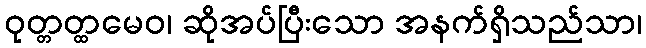
ဝုတ္တတ္ထမေဝ၊ ဆိုအပ်ပြီးသော အနက်ရှိသည်သာ၊